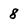
Character: 8